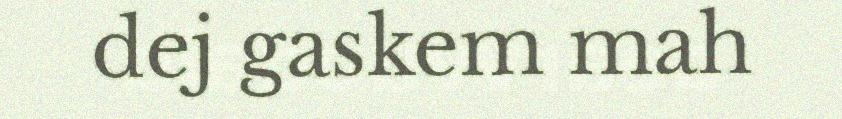
dej gaskem mah